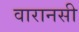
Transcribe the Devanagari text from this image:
वारानसी